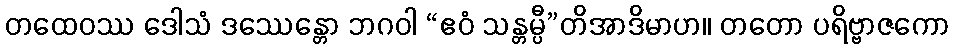
တထေဝဿ ဒေါသံ ဒဿေန္တော ဘဂဝါ “ဧဝံ သန္တမ္ပီ”တိအာဒိမာဟ။ တတော ပရိဗ္ဗာဇကော